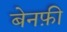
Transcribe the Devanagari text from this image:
बेनफ़ी